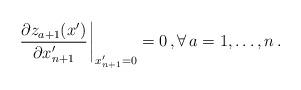
LaTeX: \begin{align*} \left.\left.\frac{\partial z_{a+1}(x')}{\partial x'_{n+1}}\right.\right|_{x'_{n+1}=0}=0\,,\forall\, a=1,\ldots, n\,.\end{align*}